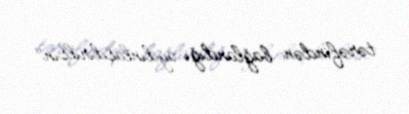
tərəfindən bağlandığı aydınlaşdırılsın".